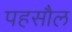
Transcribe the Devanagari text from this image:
पहसौल